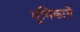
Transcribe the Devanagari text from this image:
भुमिकायें